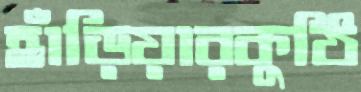
হাঁড়িয়ারকুঠি